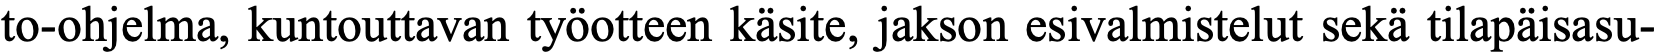
to-ohjelma, kuntouttavan työotteen käsite, jakson esivalmistelut sekä tilapäisasu-